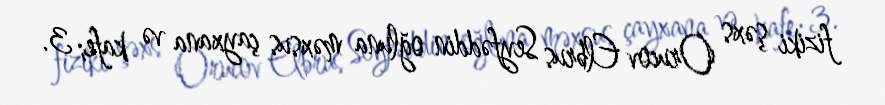
fiziki şəxs Orucov Elbrus Seyfəddin oğluna məxsus çayxana və kafe; 3.